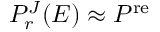
P _ { r } ^ { J } ( E ) \approx P ^ { \mathrm { r e } }